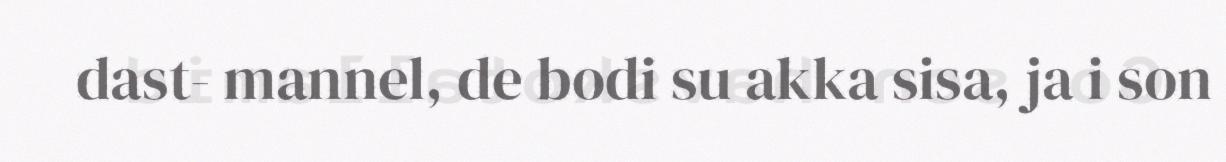
dast- mannel, de bodi su akka sisa, ja i son